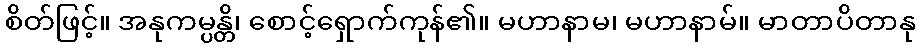
စိတ်ဖြင့်။ အနုကမ္ပန္တိ၊ စောင့်ရှောက်ကုန်၏။ မဟာနာမ၊ မဟာနာမ်။ မာတာပိတာနု